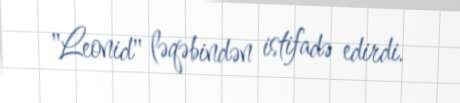
"Leonid" ləqəbindən istifadə edirdi.